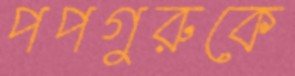
পপগুরুকে